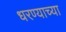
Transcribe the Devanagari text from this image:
धरण्याच्या